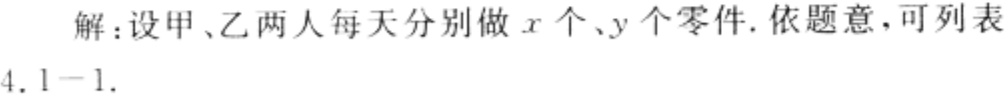
解：设甲、乙两人每天分别做\(x\)个、\(y\)个零件. 依题意，可列表4.1 - 1.